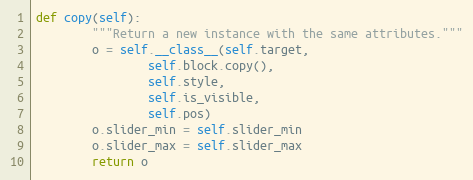
Language: Python
def copy(self):
        """Return a new instance with the same attributes."""
        o = self.__class__(self.target,
                self.block.copy(),
                self.style,
                self.is_visible,
                self.pos)
        o.slider_min = self.slider_min
        o.slider_max = self.slider_max
        return o